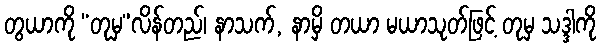
တွယာကို “တုမှ”လိန်တည်၊ နာသက်, နာမှိ တယာ မယာသုတ်ဖြင့် တုမှ သဒ္ဒါကို